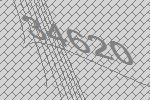
34620